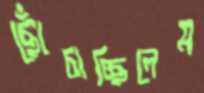
ছোঁচাচ্ছিলেম